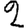
Digit: 2